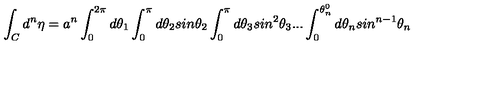
\int _ { C } { d ^ { n } } { \eta } = a ^ { n } \int _ { 0 } ^ { 2 \pi } d \theta _ { 1 } \int _ { 0 } ^ { \pi } d \theta _ { 2 } s i n \theta _ { 2 } \int _ { 0 } ^ { \pi } d \theta _ { 3 } s i n ^ { 2 } \theta _ { 3 } . . . \int _ { 0 } ^ { \theta _ { n } ^ { 0 } } d \theta _ { n } s i n ^ { n - 1 } \theta _ { n }